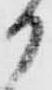
か